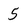
Character: 5